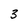
Character: 3